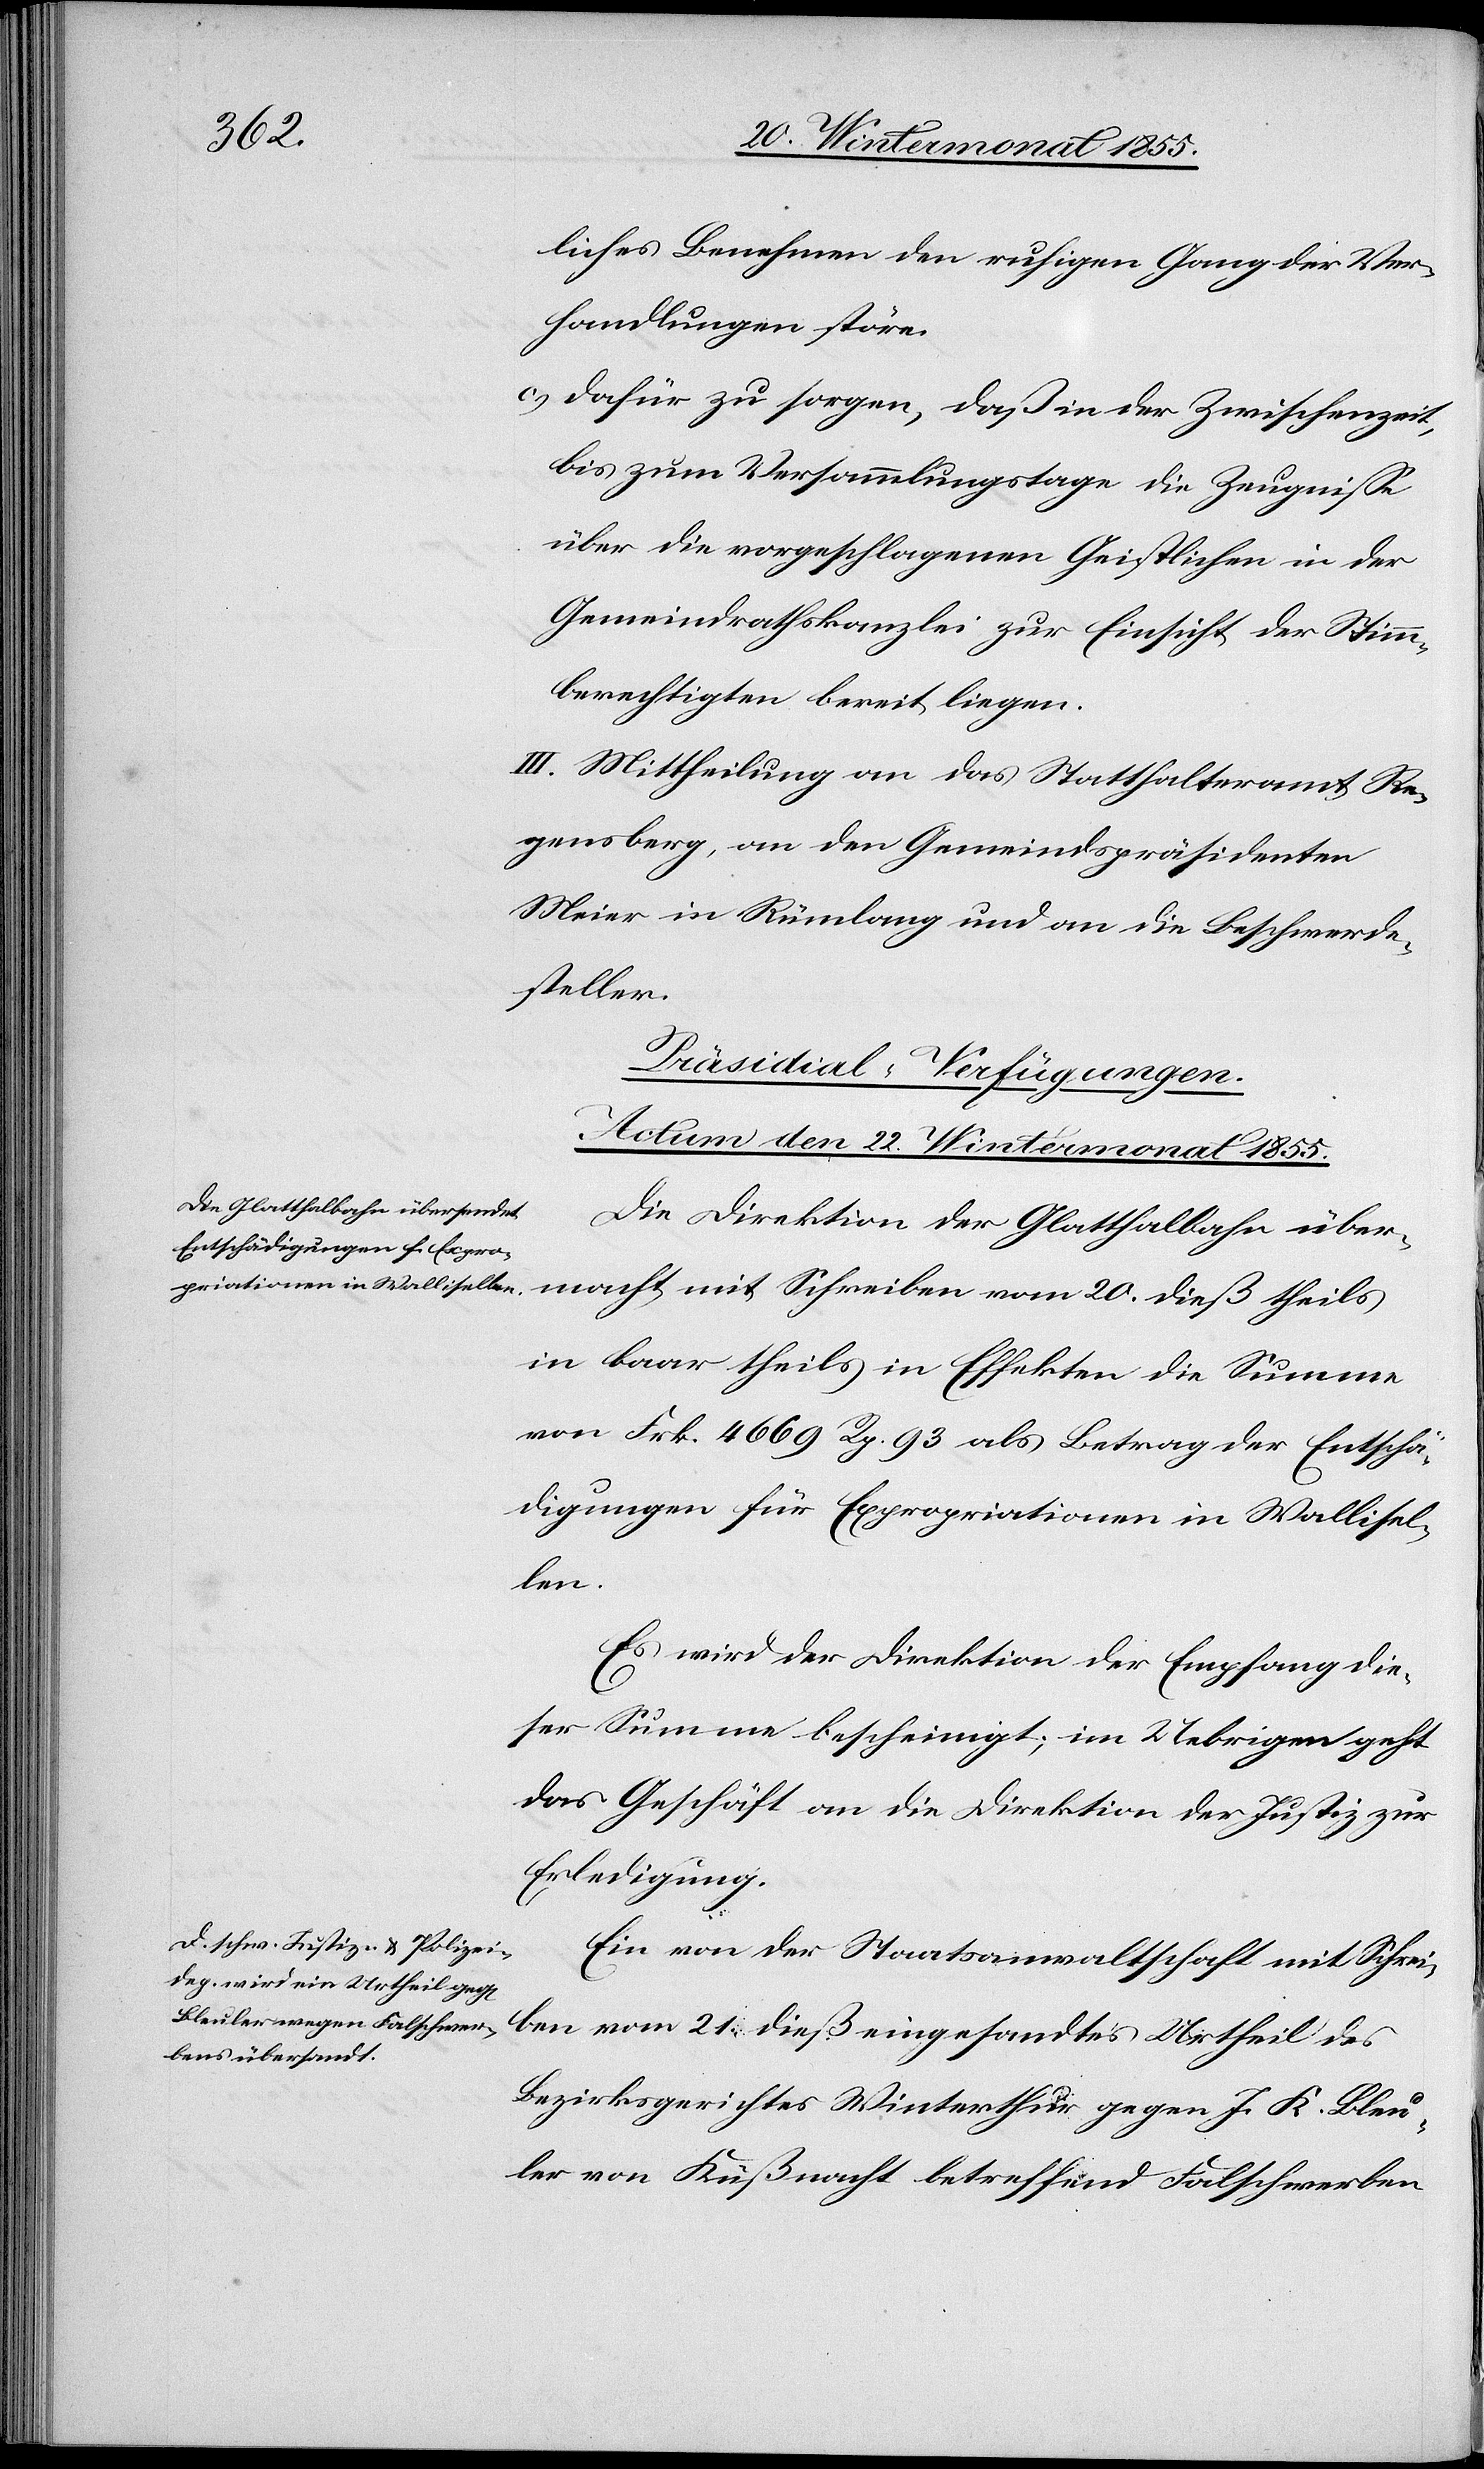
liches Benehmen den ruhigen Gang der Ver¬
handlungen störe.
dafür zu sorgen, daß in der Zwischenzeit,
bis zum Versammlungstage die Zeugnisse
über die vorgeschlagenen Geistlichen in der
Gemeindrathskanzlei zur Einsicht der Stimm¬
berechtigten bereit liegen.
III. Mittheilung an das Statthalteramt Re¬
gensberg, an den Gemeindspräsidenten
Meier in Rümlang und an die Beschwerde¬
steller.
[Präsidial-Verfügungen.
Actum den 22. Wintermonat 1855.]
Die Direktion der Glatthalbahn über¬
macht mit Schreiben vom 20. dieß theils
in baar theils in Effekten die Summe
von Frk. 4669 Rp. 93 als Betrag der Entschä¬
digungen für Expropriationen in Wallisel¬
len.
Es wird der Direktion der Empfang die¬
ser Summe bescheinigt; im Uebrigen geht
das Geschäft an die Direktion der Justiz zur
Erledigung.
Ein von der Staatsanwaltschaft mit Schrei¬
ben vom 21. dieß eingesandtes Urtheil des
Bezirksgerichtes Winterthur gegen J. K. Bleu¬
ler von Küßnacht betreffend Falschwerben